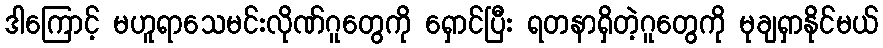
ဒါကြောင့် မဟူရာသေမင်းလိုဏ်ဂူတွေကို ရှောင်ပြီး ရတနာရှိတဲ့ဂူတွေကို မုချရှာနိုင်မယ်